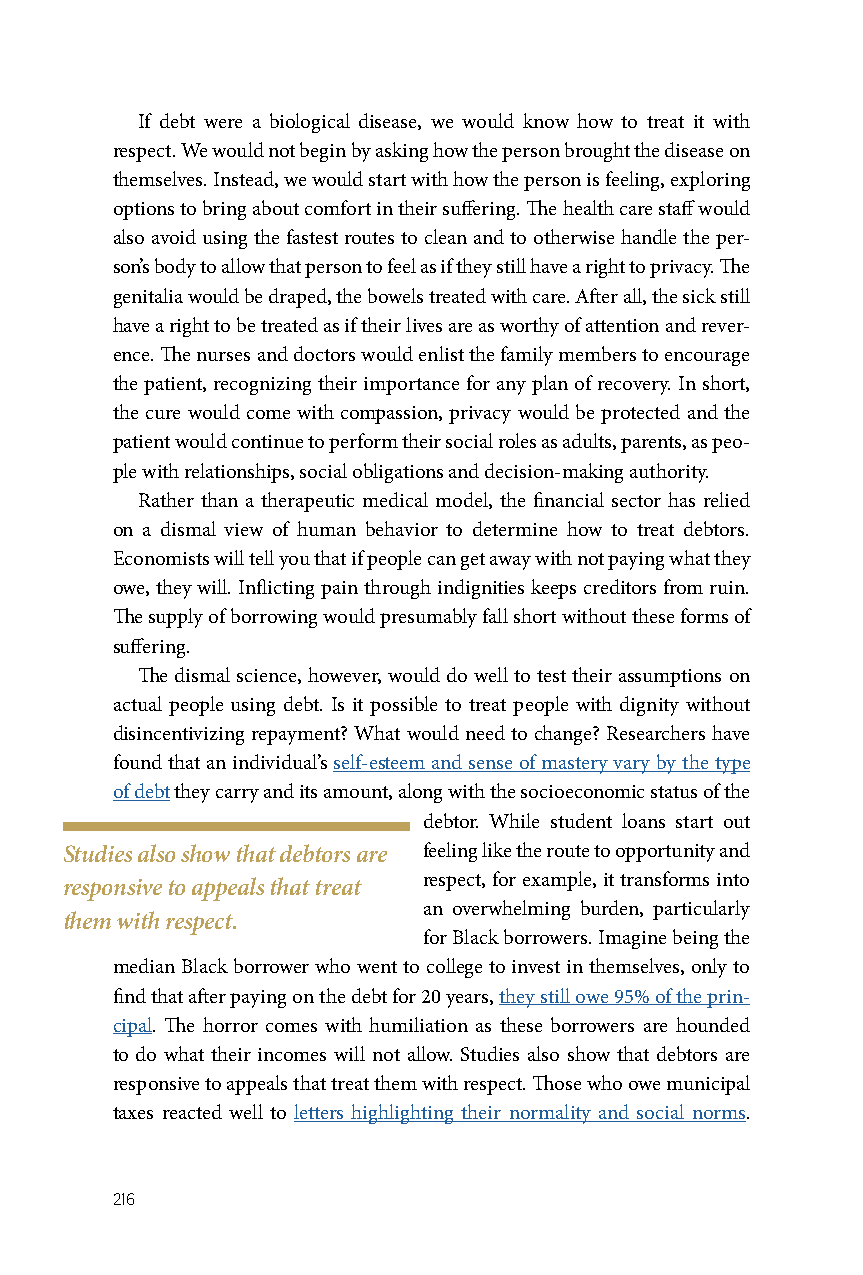
If debt were a biological disease, we would know how to treat it with
 respect. We would not begin by asking how the person brought the disease on
 themselves. Instead, we would start with how the person is feeling, exploring
 options to bring about comfort in their suffering. The health care staff would
 also avoid using the fastest routes to clean and to otherwise handle the per-
 son’s body to allow that person to feel as if they still have a right to privacy. The
 genitalia would be draped, the bowels treated with care. After all, the sick still
 have a right to be treated as if their lives are as worthy of attention and rever-
 ence. The nurses and doctors would enlist the family members to encourage
 the patient, recognizing their importance for any plan of recovery. In short,
 the cure would come with compassion, privacy would be protected and the
 patient would continue to perform their social roles as adults, parents, as peo-
 ple with relationships, social obligations and decision-making authority.
 Rather than a therapeutic medical model, the financial sector has relied
 on a dismal view of human behavior to determine how to treat debtors.
 Economists will tell you that if people can get away with not paying what they
 owe, they will. Inflicting pain through indignities keeps creditors from ruin.
 The supply of borrowing would presumably fall short without these forms of
 suffering.
 The dismal science, however, would do well to test their assumptions on
 actual people using debt. Is it possible to treat people with dignity without
 disincentivizing repayment? What would need to change? Researchers have
 found that an individual’s self-esteem and sense of mastery vary by the type
 of debt they carry and its amount, along with the socioeconomic status of the
 debtor. While student loans start out
 Studies also show that debtors are feeling like the route to opportunity and
 respect, for example, it transforms into
 responsive to appeals that treat
 an overwhelming burden, particularly
 them with respect.
 for Black borrowers. Imagine being the
 median Black borrower who went to college to invest in themselves, only to
 find that after paying on the debt for 20 years, they still owe 95% of the prin-
 cipal. The horror comes with humiliation as these borrowers are hounded
 to do what their incomes will not allow. Studies also show that debtors are
 responsive to appeals that treat them with respect. Those who owe municipal
 taxes reacted well to letters highlighting their normality and social norms.
 216